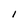
Character: I